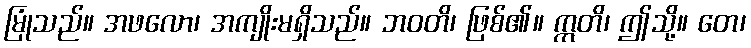
မြုံသည်။ အဖလော၊ အကျိုးမရှိသည်။ ဘဝတိ၊ ဖြစ်၏။ ဣတိ၊ ဤသို့။ တေ၊